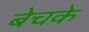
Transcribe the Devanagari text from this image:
बेचके